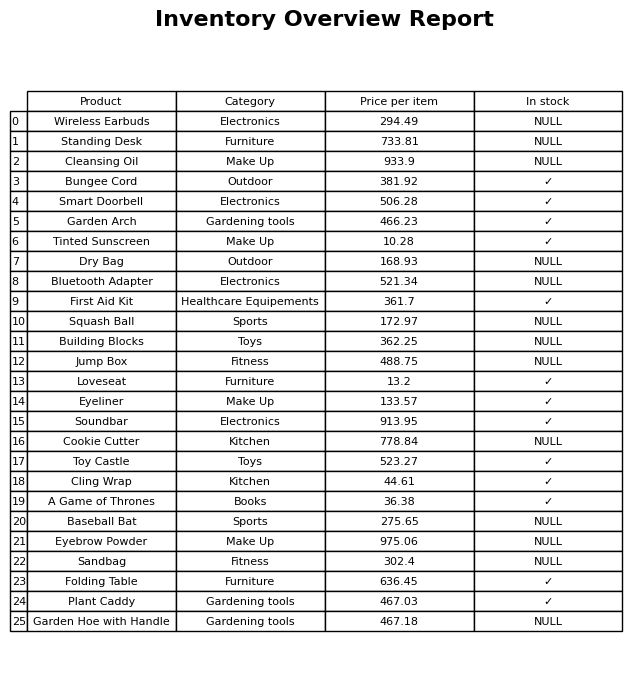
question: What is the price for Sandbag?
answer: The price of Sandbag is 302.4.